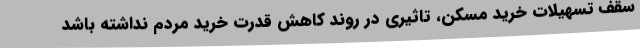
سقف تسهیلات خرید مسکن، تاثیری در روند کاهش قدرت خرید مردم نداشته باشد